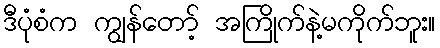
ဒီပုံစံက ကျွန်တော့် အကြိုက်နဲ့မကိုက်ဘူး။